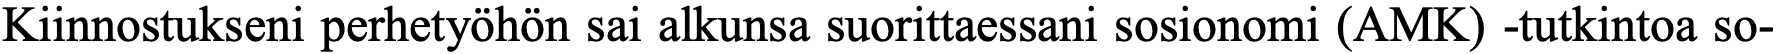
Kiinnostukseni perhetyöhön sai alkunsa suorittaessani sosionomi (AMK) -tutkintoa so-